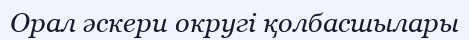
Орал әскери округі қолбасшылары